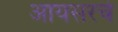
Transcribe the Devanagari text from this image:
आयसरचे